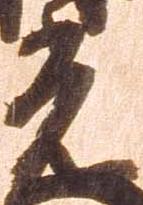
光